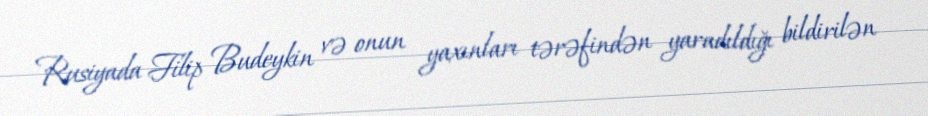
Rusiyada Filip Budeykin və onun yaxınları tərəfindən yaradıldığı bildirilən